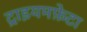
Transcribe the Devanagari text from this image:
ट्राइयमफ़ेटा